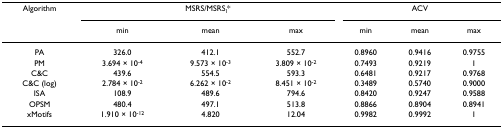
<table><thead><tr><td><b>Algorithm</b></td><td colspan="3"><b>MSRS/MSRS<sub>l</sub>*</b></td><td colspan="3"><b>ACV</b></td></tr><tr><td></td><td><b>min</b></td><td><b>mean</b></td><td><b>max</b></td><td><b>min</b></td><td><b>mean</b></td><td><b>max</b></td></tr></thead><tbody><tr><td>PA</td><td>326.0</td><td>412.1</td><td>552.7</td><td>0.8960</td><td>0.9416</td><td>0.9755</td></tr><tr><td>PM</td><td>3.694 × 10<sup>-4</sup></td><td>9.573 × 10<sup>-3</sup></td><td>3.809 × 10<sup>-2</sup></td><td>0.7493</td><td>0.9219</td><td>1</td></tr><tr><td>C&amp;C</td><td>439.6</td><td>554.5</td><td>593.3</td><td>0.6481</td><td>0.9217</td><td>0.9768</td></tr><tr><td>C&amp;C (log)</td><td>2.784 × 10<sup>-2</sup></td><td>6.262 × 10<sup>-2</sup></td><td>8.451 × 10<sup>-2</sup></td><td>0.3489</td><td>0.5740</td><td>0.9000</td></tr><tr><td>ISA</td><td>108.9</td><td>489.6</td><td>794.6</td><td>0.8420</td><td>0.9247</td><td>0.9588</td></tr><tr><td>OPSM</td><td>480.4</td><td>497.1</td><td>513.8</td><td>0.8866</td><td>0.8904</td><td>0.8941</td></tr><tr><td>xMotifs</td><td>1.910 × 10<sup>-12</sup></td><td>4.820</td><td>12.04</td><td>0.9982</td><td>0.9992</td><td>1</td></tr></tbody></table>